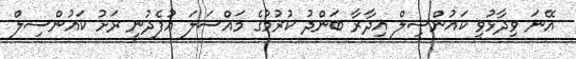
އޭނަ ވިދާޅުވީ ކައުންސިލް އިދާރާ ބަންދު ކުރުމުގެ މައްސަލަ އުފެދުނީ ރަށު ކައުންސިލް